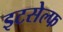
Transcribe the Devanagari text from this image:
इटसेल्फ